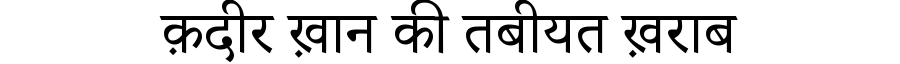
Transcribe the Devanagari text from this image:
क़दीर ख़ान की तबीयत ख़राब